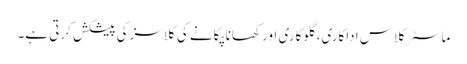
ماسٹر کلاس اداکاری، گلوکاری اور کھانا پکانے کی کلاسز کی پیشکش کرتی ہے۔